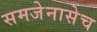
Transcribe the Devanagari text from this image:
समजेनासेच